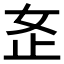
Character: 𫰏